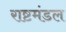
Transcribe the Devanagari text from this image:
राष्टमंडल